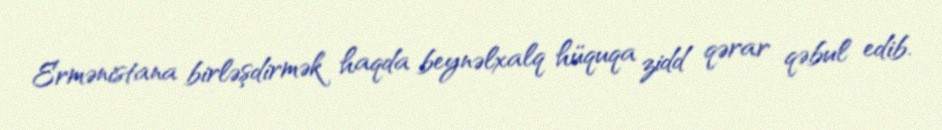
Ermənistana birləşdirmək haqda beynəlxalq hüquqa zidd qərar qəbul edib.